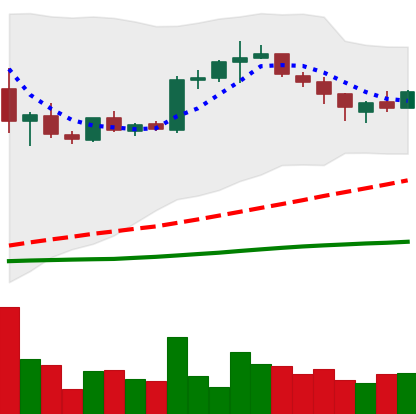
Ticker: BTC-USD
Chart end date: 2015-08-04
Forward return: -7.06%
Label: down_7plus